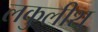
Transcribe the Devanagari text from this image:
लकुलीश